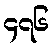
၄၇၆